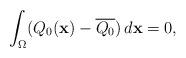
LaTeX: \begin{align*}\int _\Omega (Q_0(\mathbf{x})-\overline{Q_0})\,d\mathbf{x}=0,\end{align*}